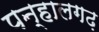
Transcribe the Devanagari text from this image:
पन्हालगढ़